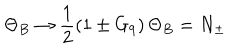
LaTeX: \Theta _ { B } \to \frac { 1 } { 2 } \left( 1 \pm G _ { 9 } \right) \Theta _ { B } = N _ { \pm }